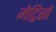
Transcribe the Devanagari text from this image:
मेट्रिसों